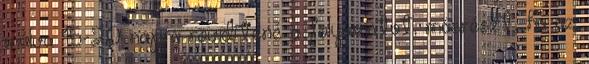
múlva 15-20 napra rövidítené a folyamatot, másrészt, ha az